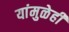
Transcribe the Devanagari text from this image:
यांमुळेही